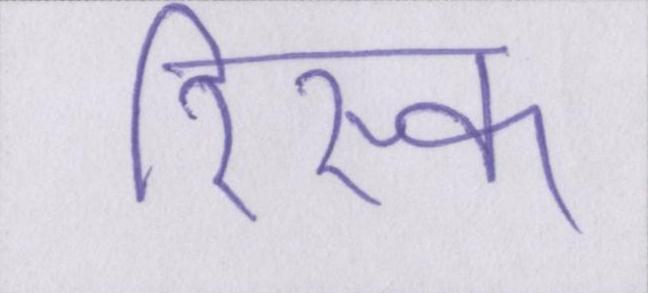
रिस्क